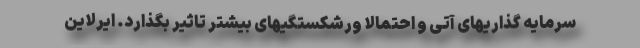
سرمایه گذاریهای آتی و احتمالا ورشکستگیهای بیشتر تاثیر بگذارد. ایرلاین